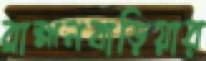
ব্রাহ্মনবাড়িয়ার